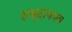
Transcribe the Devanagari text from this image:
शब्दावयव